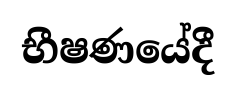
භීෂණයේදී